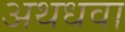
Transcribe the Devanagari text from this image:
अथधवा